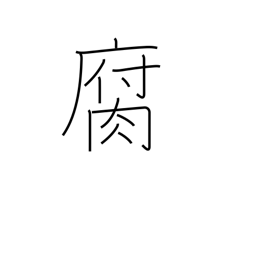
Meaning: decay